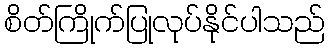
စိတ်ကြိုက်ပြုလုပ်နိုင်ပါသည်